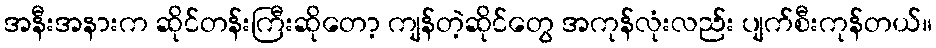
အနီးအနားက ဆိုင်တန်းကြီးဆိုတော့ ကျန်တဲ့ဆိုင်တွေ အကုန်လုံးလည်း ပျက်စီးကုန်တယ်။